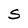
Character: S